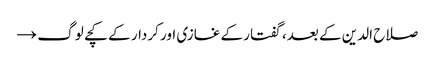
صلاح الدین کے بعد، گفتار کے غازی اور کردار کے کچے لوگ →